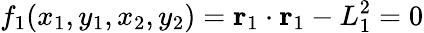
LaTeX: f_{1}(x_{1},y_{1},x_{2},y_{2})=\mathbf{r}_{1}\cdot\mathbf{r}_{1}-L_{1}^{2}=0